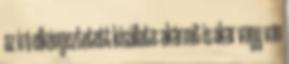
az író elkényeztetett kisállata: akármit is akar vagy van